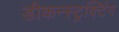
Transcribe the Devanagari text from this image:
डीकन्स्ट्रक्टिंग